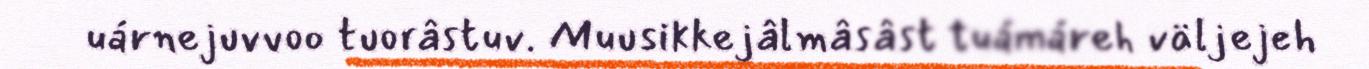
uárnejuvvoo tuorâstuv. Muusikkejâlmâsâst tuámáreh väljejeh